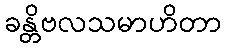
ခန္တိဗလသမာဟိတာ